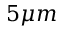
5 \mu m